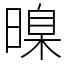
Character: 暞